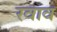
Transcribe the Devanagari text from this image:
रवाव